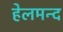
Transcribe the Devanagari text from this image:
हेलमन्द